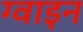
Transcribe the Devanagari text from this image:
ग्वाइन